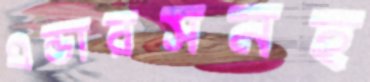
এন্ডারসনহ